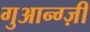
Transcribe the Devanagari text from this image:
गुआन्ग्ज़ी